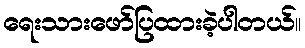
ရေးသားဖော်ပြထားခဲ့ပါတယ်။